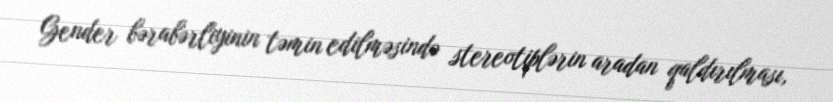
Gender bərabərliyinin təmin edilməsində stereotiplərin aradan qaldırılması,